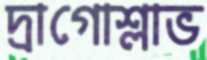
দ্রাগোশ্লাভ